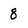
Character: 8